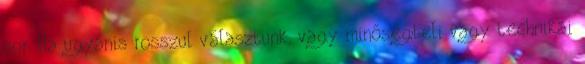
sor. Ha ugyanis rosszul választunk, vagy minőségbeli vagy technikai